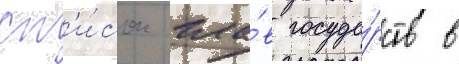
сп'и́сок гла́в госуда́рств в